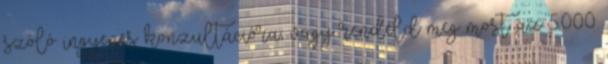
szóló ingyenes konzultációra, vagy rendeld meg most az 5.000